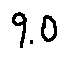
9 . 0